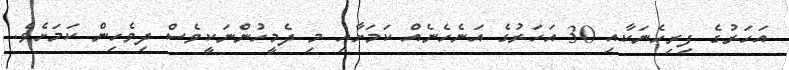
އަހަރުގެ ފިރިހެނަކާއި 30 އަަހަރުގެ އަނެހެނެއް ކަމަށާއި މި ދެމީހުންނަކީވެސް ދިވެހިން ކަމަށެވެ.